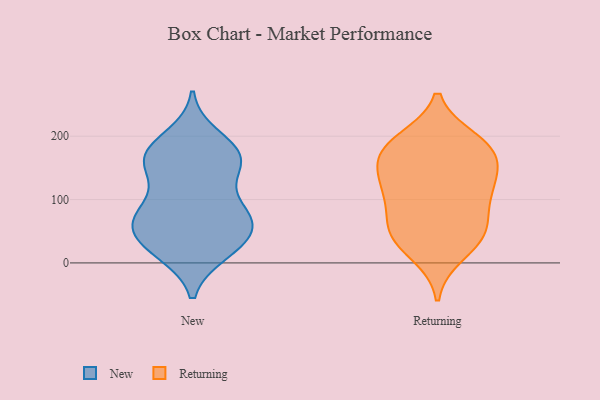
{"axis": {"x": "Latency (ms)", "y": "Value"}, "legend": ["New", "Returning"], "data": [{"x": "", "y": 87, "type": "New"}, {"x": "", "y": 66, "type": "New"}, {"x": "", "y": 71, "type": "New"}, {"x": "", "y": 19, "type": "New"}, {"x": "", "y": 199, "type": "New"}, {"x": "", "y": 18, "type": "New"}, {"x": "", "y": 92, "type": "New"}, {"x": "", "y": 146, "type": "New"}, {"x": "", "y": 89, "type": "New"}, {"x": "", "y": 49, "type": "New"}, {"x": "", "y": 150, "type": "New"}, {"x": "", "y": 159, "type": "New"}, {"x": "", "y": 16, "type": "New"}, {"x": "", "y": 42, "type": "New"}, {"x": "", "y": 53, "type": "New"}, {"x": "", "y": 172, "type": "New"}, {"x": "", "y": 170, "type": "New"}, {"x": "", "y": 56, "type": "New"}, {"x": "", "y": 165, "type": "New"}, {"x": "", "y": 181, "type": "New"}, {"x": "", "y": 57, "type": "Returning"}, {"x": "", "y": 108, "type": "Returning"}, {"x": "", "y": 47, "type": "Returning"}, {"x": "", "y": 135, "type": "Returning"}, {"x": "", "y": 98, "type": "Returning"}, {"x": "", "y": 175, "type": "Returning"}, {"x": "", "y": 193, "type": "Returning"}, {"x": "", "y": 178, "type": "Returning"}, {"x": "", "y": 173, "type": "Returning"}, {"x": "", "y": 118, "type": "Returning"}, {"x": "", "y": 43, "type": "Returning"}, {"x": "", "y": 135, "type": "Returning"}, {"x": "", "y": 15, "type": "Returning"}, {"x": "", "y": 184, "type": "Returning"}, {"x": "", "y": 47, "type": "Returning"}]}